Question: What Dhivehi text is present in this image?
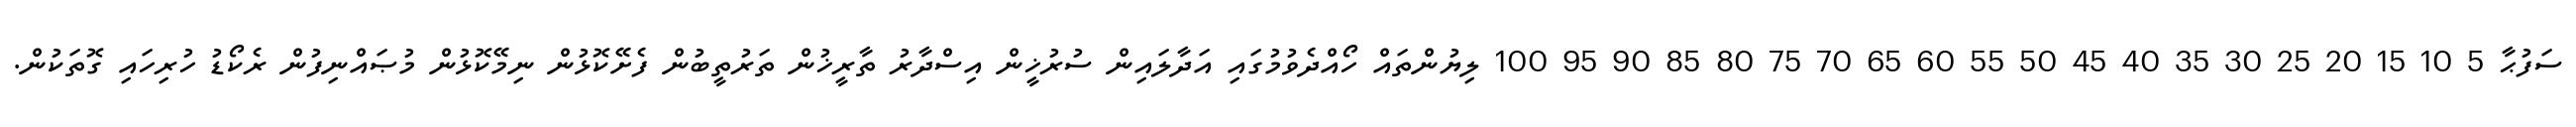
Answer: ސަފުޙާ 5 10 15 20 25 30 35 40 45 50 55 60 65 70 75 80 85 90 95 100 ލިޔުންތައް ހޯއްދެވުމުގައި އަދާލައިން ސުރުޚީން އިސްދާރު ތާރީޚުން ތަރުތީބުން ފެށޭކޮޅުން ނިމޭކޮޅުން މުޞައްނިފުން ރެކޯޑު ހުރިހައި ގޮތަކުން.